Civil Veterinary Department. United Provinces 1932-42 - 1932-1942
Year: 1932
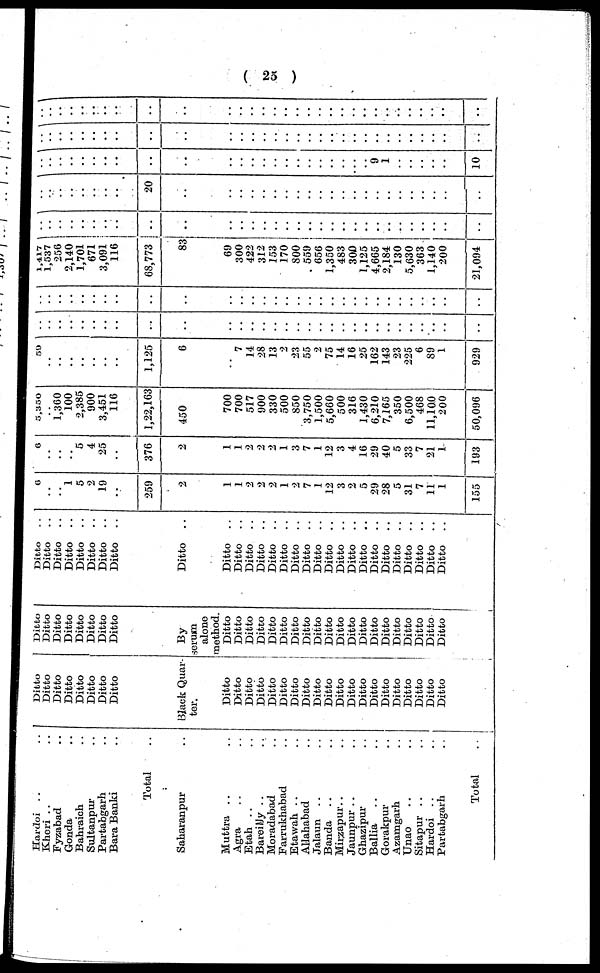
(25)
Hardoi .. ..
Kheri .. ..
Fyzabad ..
Gonda ..
Bahraich ..
Sultanpur ..
Partabgarh ..
Bara Banki ..
Total ..
Saharanpur ..
Muttra .. ..
Agra .. ..
Etah .. ..
Bareilly .. ..
Moradabad ..
Farrukhabad ..
Etawah .. ..
Allahabad ..
Jalaun .. ..
Banda .. ..
Mirzapur.. ..
Jaunpur.. ..
Ghazipur ..
Ballia .. ..
Gorakpur ..
Azamgarh ..
Unao .. ..
Sitapur .. ..
Hardoi .. ..
Partabgarh ..
Total ..
Ditto
Ditto
Ditto
Ditto
Ditto
Ditto
Ditto
Ditto
Black Quar-
ter.
Ditto
Ditto
Ditto
Ditto
Ditto
Ditto
Ditto
Ditto
Ditto
Ditto
Ditto
Ditto
Ditto
Ditto
Ditto
Ditto
Ditto
Ditto
|
Ditto
Ditto
Ditto
Ditto
Ditto
Ditto
Ditto
Ditto
Ditto
Ditto
By
serum
alone
method.
Ditto
Ditto
Ditto
Ditto
Ditto
Ditto
Ditto
Ditto
Ditto
Ditto
Ditto
Ditto
Ditto
Ditto
Ditto
Ditto
Ditto
Ditto
Ditto
Ditto
Ditto ..
Ditto ..
Ditto ..
Ditto
..
Ditto ..
Ditto
..
Ditto
..
Ditto
..
Ditto
..
Ditto
..
Ditto
..
Ditto
..
Ditto
..
Ditto
..
Ditto
..
Ditto
..
Ditto
..
Ditto
..
Ditto
..
Ditto
..
Ditto
..
Ditto
..
Ditto
..
Ditto
..
Ditto
..
Ditto
..
Ditto
..
Ditto
..
Ditto
..
6
..
..
1
5
2
19
..
259
2
1
1
2
2
2
1
2
7
1
12
3
2
5
29
28
5
31
7
11
1
155
6
..
..
..
5
4
25
..
376
2
1
1
2
2
2
1
3
7
1
12
3
4
16
29
40
5
33
7
21
1
193
5,350
..
1,360
100
2,385
900
3,451
116
1,22,163
450
700
700
517
900
330
500
850
3,750
1,500
5,660
500
316
1,430
6,210
7,165
350
6,500
468
11,100
200
50,096
50
..
..
..
..
..
..
..
1,125
6
..
7
14
28
13
2
23
55
2
75
14
16
25
162
143
23
225
6
89
1
929
..
..
..
..
..
..
..
..
..
..
..
..
..
..
..
..
..
..
..
..
..
..
..
..
..
..
..
..
..
..
..
..
..
..
..
..
..
..
..
..
..
..
..
..
..
..
..
..
..
..
..
..
..
..
..
..
..
..
..
..
..
..
1,417
1,537
256
2,140
1,701
671
3,091
116
68,773
83
69
300
422
312
153
170
800
559
656
1,350
483
300
1,125
4,665
2,184
130
5,630
363
1,140
200
21,094
..
..
..
..
..
..
..
..
..
..
..
..
..
..
..
..
..
..
..
..
..
..
..
..
..
..
..
..
..
..
..
..
..
..
..
..
..
..
..
20
..
..
..
..
..
..
..
..
..
..
..
..
..
..
..
..
..
..
..
..
..
..
..
..
..
..
..
..
..
..
..
..
..
..
..
..
..
..
..
..
..
..
..
..
..
9
1
..
..
..
..
..
10
..
..
..
..
..
..
..
..
..
..
..
..
..
..
..
..
..
..
..
..
..
..
..
..
..
..
..
..
..
..
..
..
..
..
..
..
..
..
..
..
..
..
..
..
..
..
..
..
..
..
..
..
..
..
..
..
..
..
..
..
..
..